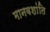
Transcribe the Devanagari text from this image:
मानवशांति